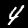
Digit: 4